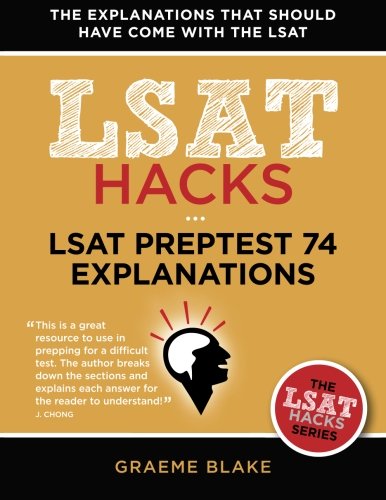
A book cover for LSAT Preptest 74 Explanations: A Study Guide for LSAT 74 (LSAT Hacks); Graeme Blake; Test Preparation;